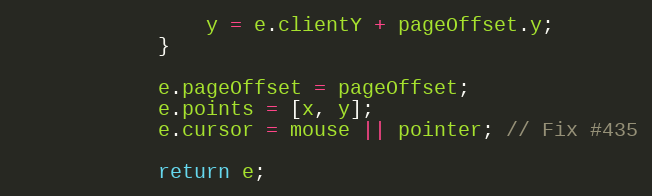
Language: JavaScript
                y = e.clientY + pageOffset.y;
            }

            e.pageOffset = pageOffset;
            e.points = [x, y];
            e.cursor = mouse || pointer; // Fix #435

            return e;